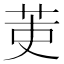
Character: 𮎫